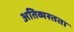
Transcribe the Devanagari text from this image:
अतिव्यस्तता